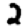
Digit: 2